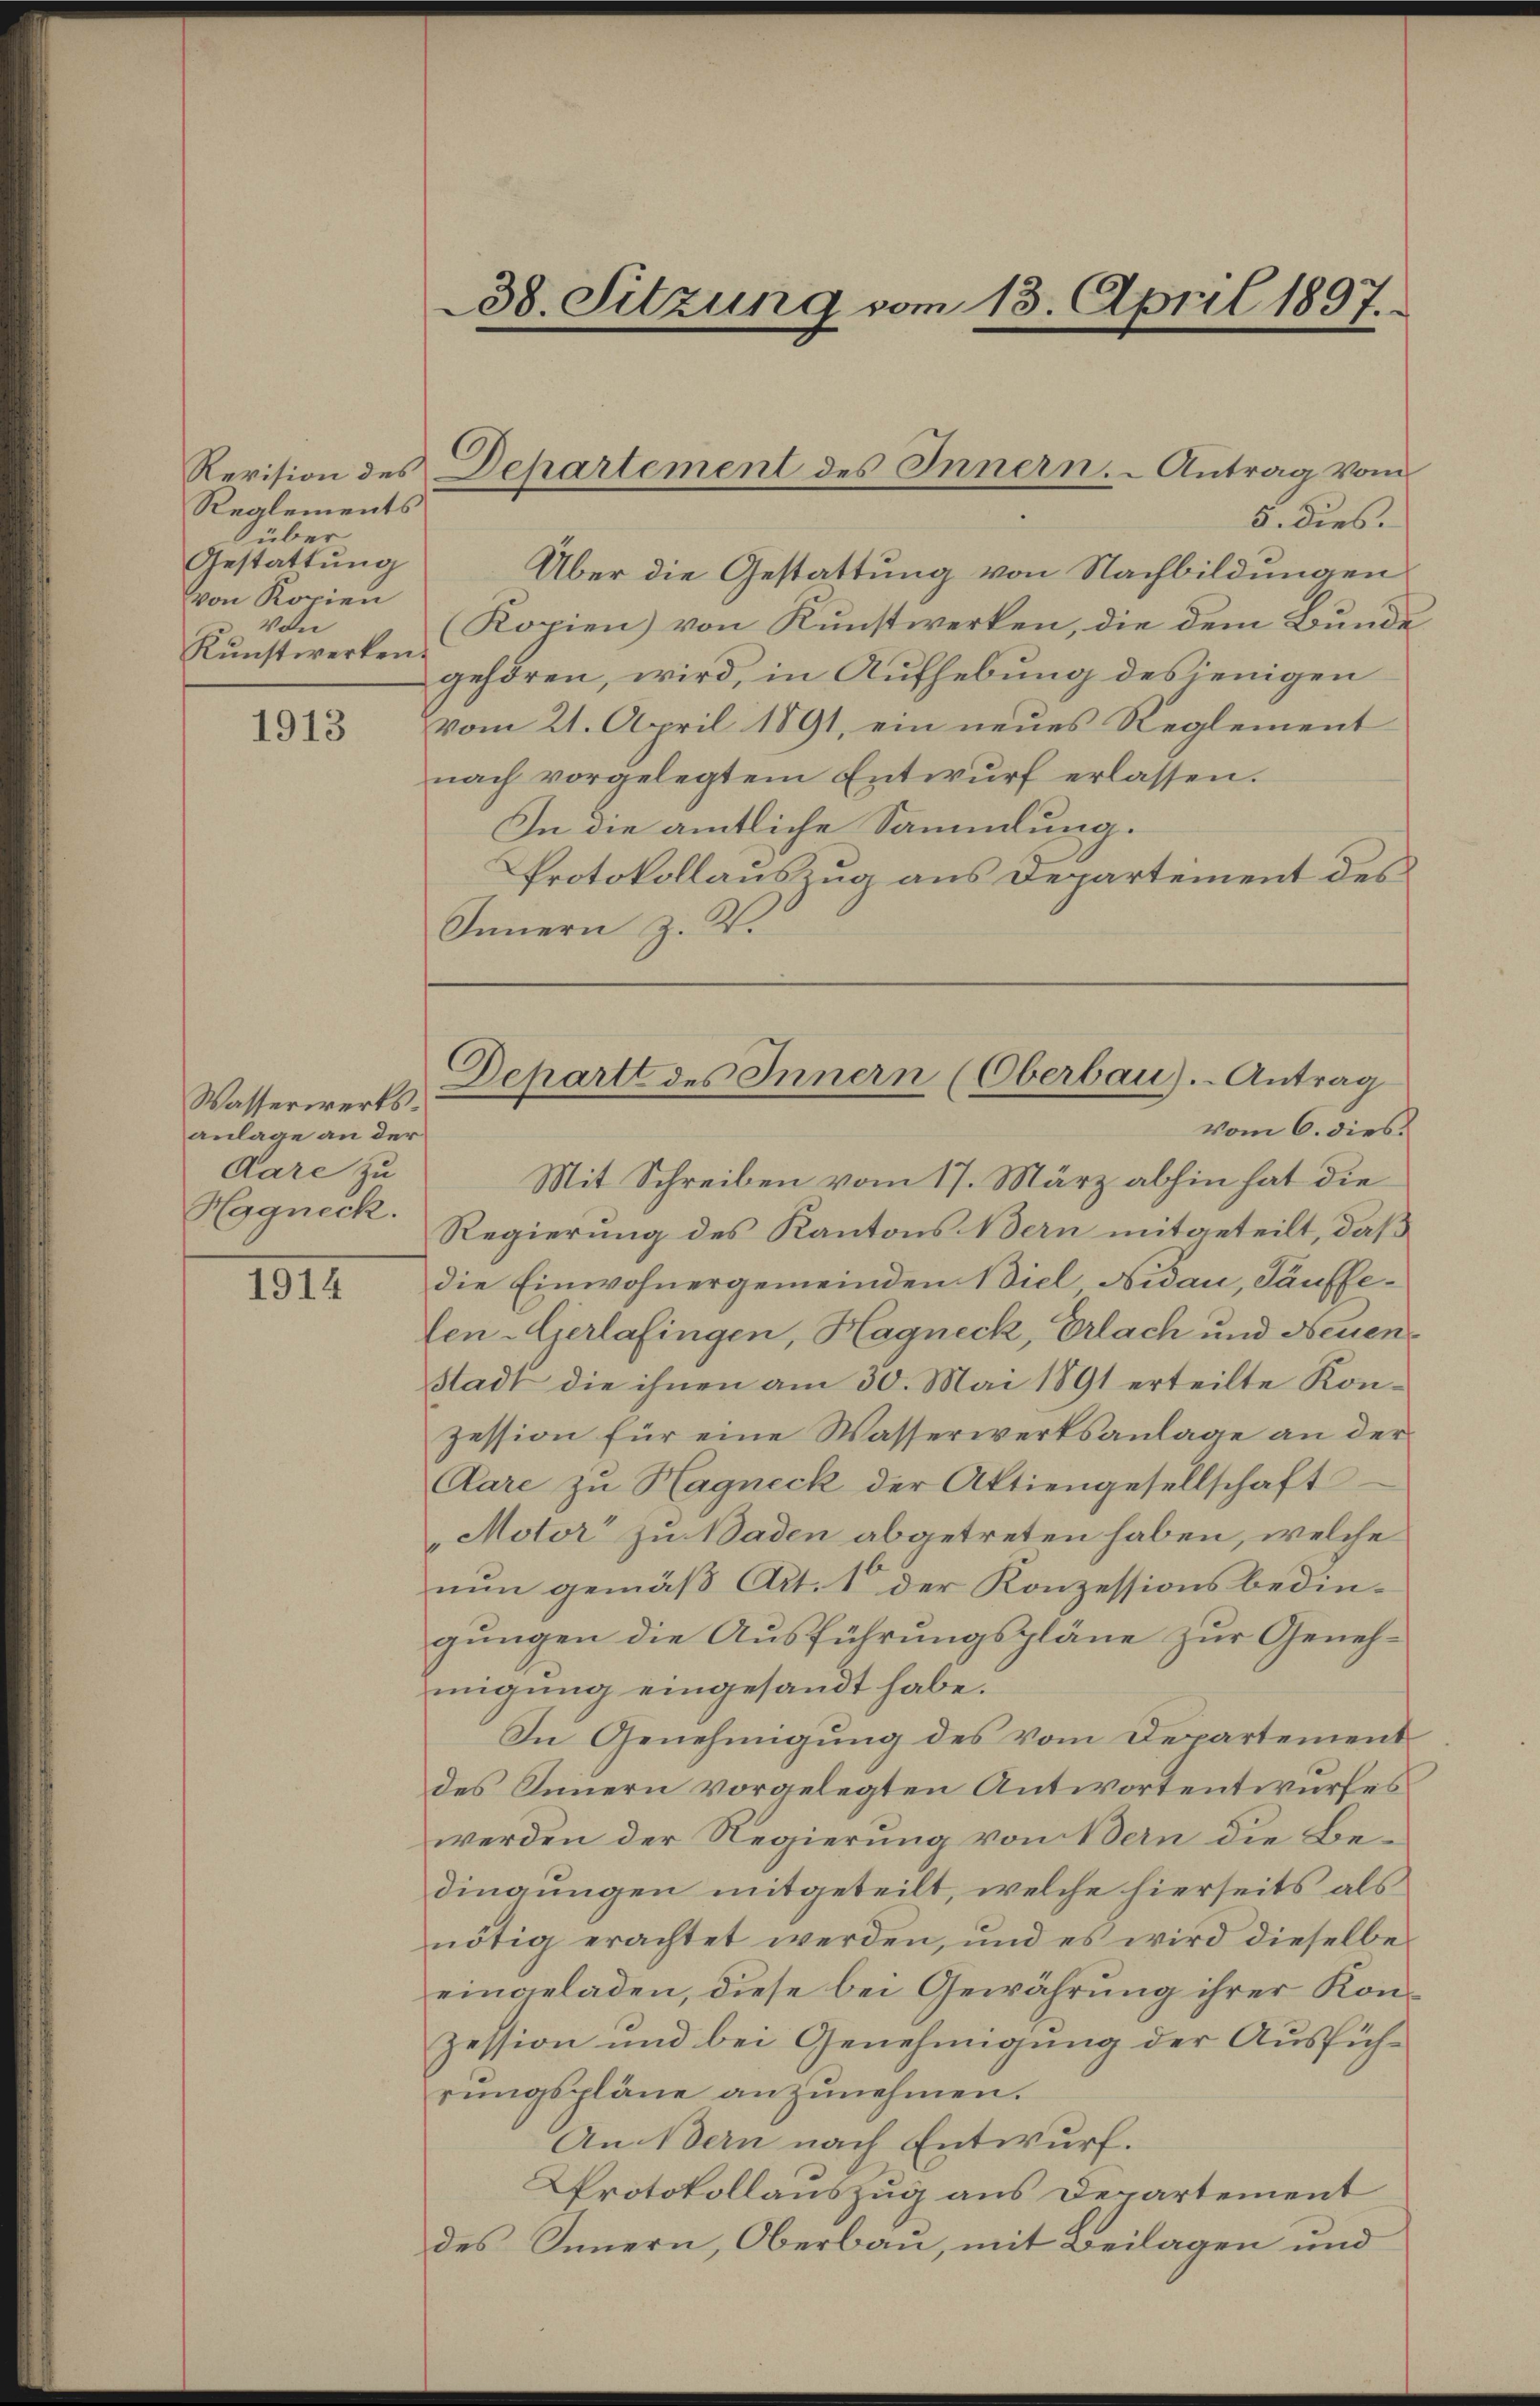
Reglements
über
Gestattung
von Kopien
u Vol
Kunstwerken.

1913

Wasserwerksanlage an der
Aare zu
Hggneck.

1914

38. Sitzung vom 13. April 1897.

Revision des Departement des Innern. Antrag vom

5. dies.
Über die Gestattung von Nachbildungen
(Kopien) von Kunstwerken, die dem Bunde
gehören, wird, in Aufhebung desjenigen
vom 21. April 1891, ein neues Reglement
nach vorgelegtem Entwurf erlassen.
In die amtliche Sammlung.
Protokollauszug aus Departement des
Innern z. K.
vom 6. dies
Mit Schreiben vom 17. März abhin hat die
Regierung des Kantons Bern mitgeteilt, daß
die Einwohnergemeinden Biel, Nidau, Täuffelen-Gerlafingen, Hagneck, Erlach und Neuen¬
Stadt die ihnen am 30. Mai 1891 erteilte Konzession für eine Wasserwerksanlage an der
Clare zu Hagneck der Aktiengesellschaft
"Motor zu Baden abgetreten haben, welche
nun gemäß Art. 1 der Konzessionsbedingungen die Ausführungspläne zur Genehmigung eingesandt habe.
In Genehmigung des vom Departement
des Innern vorgelegten Antwortentwurfes
werden der Regierung von Bern die Bedingungen mitgeteilt, welche hierseits als
nötig erachtet werden, und es wird dieselbe
eingeladen, diese bei Gewährung ihrer Konzession und bei Genehmigung der Ausführungspläne anzunehmen.
An Bern nach Entwurf.
Protokollauszug aus Departement
des Innern, Oberbau, mit Beilagen und

Dehartt des Innern (Oberbau).- Antrag